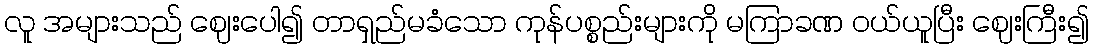
လူ အများသည် ဈေးပေါ၍ တာရှည်မခံသော ကုန်ပစ္စည်းများကို မကြာခဏ ဝယ်ယူပြီး ဈေးကြီး၍